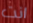
انت